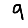
Digit: 9